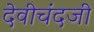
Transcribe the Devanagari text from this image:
देवीचंदजी